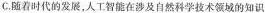
C.随着时代的发展，人工智能在涉及自然科学技术领域的知识